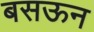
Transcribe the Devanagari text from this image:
बसऊन